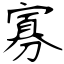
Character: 寡